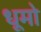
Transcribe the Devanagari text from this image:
धूमो